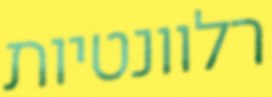
רלוונטיות